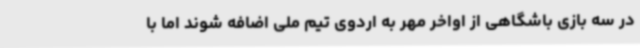
در سه بازی باشگاهی از اواخر مهر به اردوی تیم ملی اضافه شوند اما با